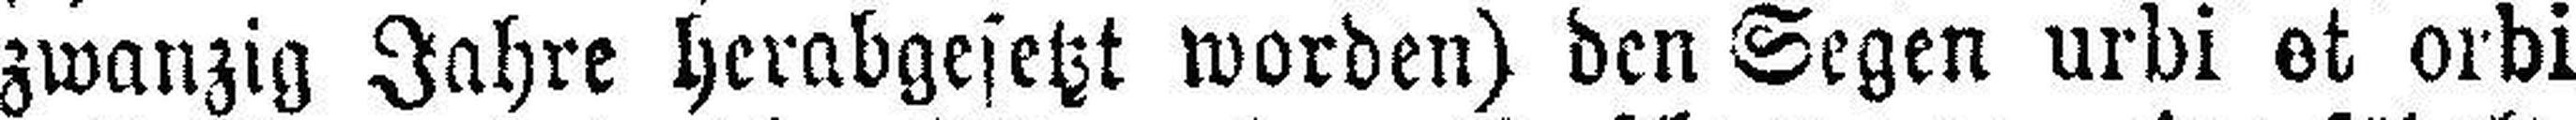
zwanzig Jahre herabgesetzt worden) den Segen urbi et orbi